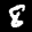
Label: 8